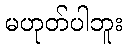
မဟုတ်ပါဘူး